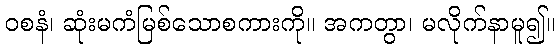
ဝစနံ၊ ဆုံးမကံမြစ်သောစကားကို။ အကတွာ၊ မလိုက်နာမူ၍။